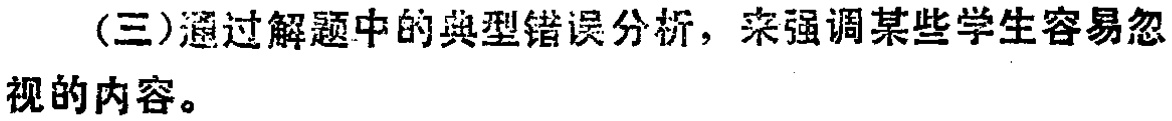
(三)通过解题中的典型错误分析，来强调某些学生容易忽视的内容。